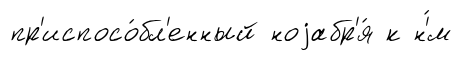
пр'испосо́бл'енный ноjабр'я́ к н'́м